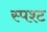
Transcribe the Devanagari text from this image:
स्पश्‍ट